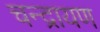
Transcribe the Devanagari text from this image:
चन्द्रायण